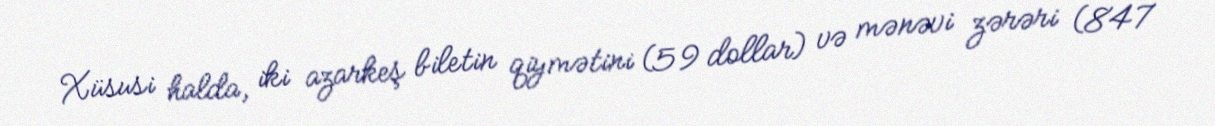
Xüsusi halda, iki azarkeş biletin qiymətini (59 dollar) və mənəvi zərəri (847